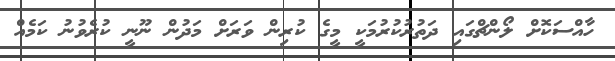
ހާއްސަކޮށް ލޯންޗްގައި ދަތުރުކުރުމަކީ މީގެ ކުރިން ވަރަށް މަދުން ނޫނީ ކުރެވުނު ކަމެއް